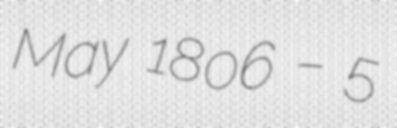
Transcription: May 1806 – 5